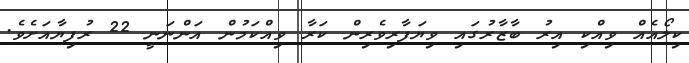
ކިލޯއެއް ވިއްކި އިރު ބާޒާރުގައި ވިޔަފާރިވެރިން ކަރާ ވިއްކަމުން އަންނަނީ 22 ރުފިޔާއަށެވެ.